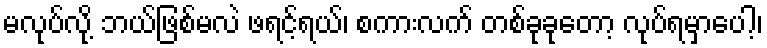
မလုပ်လို့ ဘယ်ဖြစ်မလဲ ဖရင့်ရယ်၊ စကားလက် တစ်ခုခုတော့ လုပ်ရမှာပေါ့၊